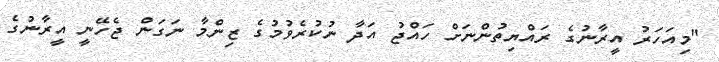
"މިއަހަރު އީރާނުގެ ރައްޔިތުންނަށް ހައްޖު އަދާ ނުކުރެވުމުގެ ޒިންމާ ނަގަން ޖެހޭނީ އީރާނުގެ